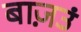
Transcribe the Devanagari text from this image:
बाज़उं